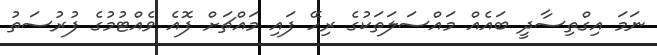
ނަމަ އިގްތިސާދީ ބައެއް މައްސަލަތަކުގެ ރިހޭ ފައި މައްޗަށް ފޮއެ ވެއްޓުމުގެ ފުރުސަތު